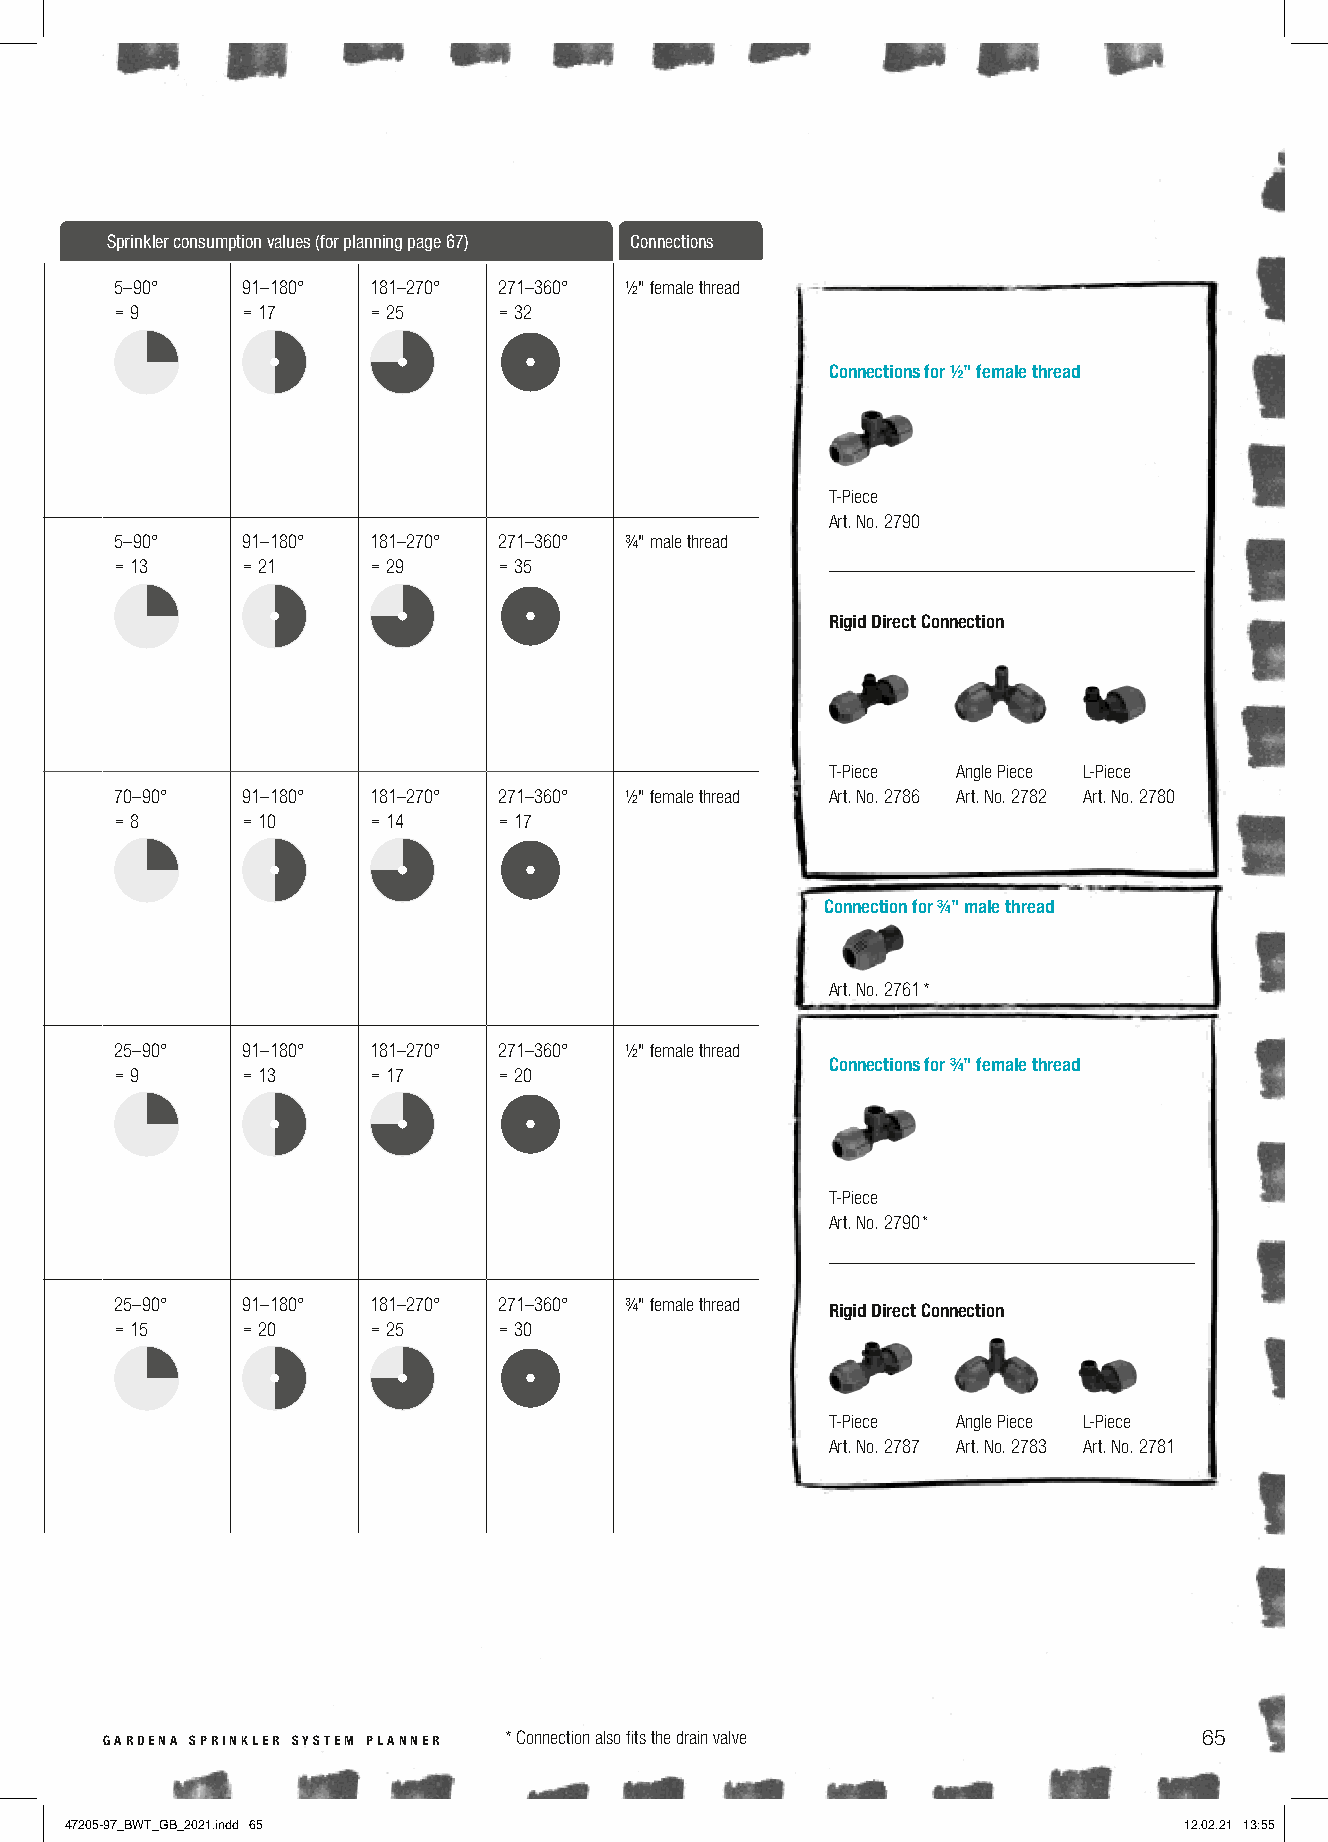
Sprinkler consumption values (for planning page 67) Connections
 Other areas up Pop-up Sprinkler S 80 Radius 2.5–5 m 5–360° 5–90° 91–180° 181–270° 271–360° ½" female thread
 to 80 m2 Pop-up height 100 mm = 9 = 17 = 25 = 32
 ½” female thread
 Distance between
 Connections for ½" female thread
 Art. No. 1569 sprinklers 4–7 m
 T-Piece
 Art. No. 2790
 For higher plants Pop-up Sprinkler S 80 / 300 Radius 2.5–5 m 5–360° 5–90° 91–180° 181–270° 271–360° ¾" male thread
 Pop-up height 300 mm = 13 = 21 = 29 = 35
 ¾" male thread
 Distance between                                       Rigid Direct Connection
 Art. No. 1566 sprinklers 4–7 m
 T-Piece Angle Piece L-Piece
 Other areas Turbo-driven Pop-up Sprinkler Radius 4–6 m 70–360° 70–90° 91–180° 181–270° 271–360° ½" female thread Art. No. 2786 Art. No. 2782 Art. No. 2780
 T 100   = 8     = 10    = 14     = 17
 ½" female thread
 Distance between
 Art. No. 8201 sprinklers 5–8 m
 Connection for ¾" male thread
 Art. No. 2761 *
 Turbo-driven Pop-up Sprinkler Radius 5–8 m 25–360° 25–90° 91–180° 181–270° 271–360° ½" female thread
 Connections for ¾" female thread
 T 200   = 9     = 13    = 17     = 20
 ½" female thread
 Distance between
 Art. No. 8203 sprinklers 7,5–10 m
 T-Piece
 Art. No. 2790 *
 Turbo-driven Pop-up Sprinkler Radius 6–11 m 25–360° 25–90° 91–180° 181–270° 271–360° ¾" female thread
 Rigid Direct Connection
 T 380   = 15    = 20    = 25     = 30
 ¾" female thread
 Distance between
 Art. No. 8205 sprinklers 9–15 m
 T-Piece Angle Piece L-Piece
 Art. No. 2787 Art. No. 2783 Art. No. 2781
 gardena sprinkler system planner * Connection also fits the drain valve  65
 47205-97_BWT_GB_2021.indd 65                                              12.02.21 13:55
 relknirpS
 pu-poP
 sledoM-S
 srelknirpS
 pu-poP
 nevird-obruT
 sledoM-T